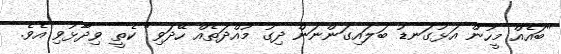
"ބައެއް މީހުން އަޅުގަނޑު ބަލައިގަންނަން ދިގު މުއްދަތެއް ހޭދަވި" ކެތީ ވިދާޅުވި އެވެ.